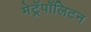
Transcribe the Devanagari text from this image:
मेट्रॅपॉलिटन